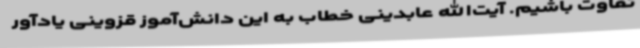
‌تفاوت باشیم. آیت‌الله عابدینی خطاب به این دانش‌آموز قزوینی یادآور